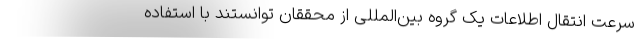
سرعت انتقال اطلاعات یک گروه بین‌المللی از محققان توانستند با استفاده